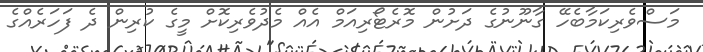
މަސްވެރިކަމާބެހޭ ގާނޫނުގެ ދަށުން މޮރެޓޯރިއަމް އެއް މެދުވެރިކޮށް މީގެ ކުރިން ދެ ފަހަރެއްގެ